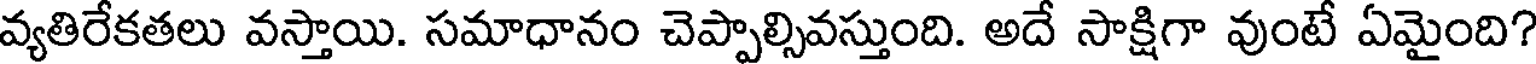
వ్యతిరేకతలు వస్తాయి. సమాధానం చెప్పాల్సివస్తుంది. అదే సాక్షిగా వుంటే ఏమైంది?